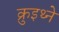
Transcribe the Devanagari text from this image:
क्रुइथ्ने